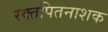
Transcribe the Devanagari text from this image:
रक्तपितनाशक